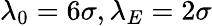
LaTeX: \lambda_{0}=6\sigma,\lambda_{E}=2\sigma